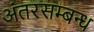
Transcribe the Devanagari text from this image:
अंतरसम्बन्ध